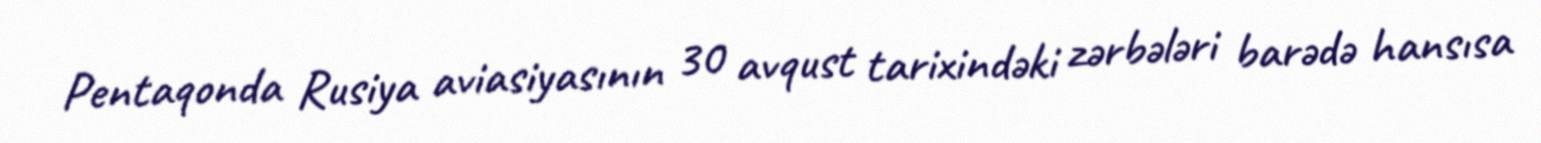
Pentaqonda Rusiya aviasiyasının 30 avqust tarixindəki zərbələri barədə hansısa